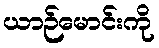
ယာဉ်မောင်းကို